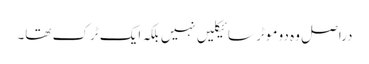
دراصل وہ دو موٹر سائیکلیں نہیں بلکہ ایک ٹرک تھا۔